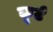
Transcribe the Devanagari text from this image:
कूर्ट